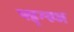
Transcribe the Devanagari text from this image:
फ्ह्ग्ख्ज